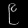
Digit: ၉